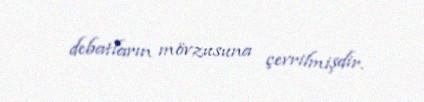
debatların mövzusuna çevrilmişdir.